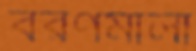
বরণমালা